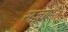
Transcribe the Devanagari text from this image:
सज़ाएं